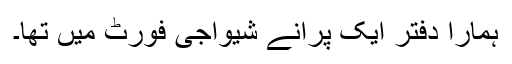
ہمارا دفتر ایک پرانے شیواجی فورٹ میں تھا۔